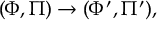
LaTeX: ( \Phi , \Pi ) \rightarrow ( \Phi ^ { \prime } , \Pi ^ { \prime } ) ,